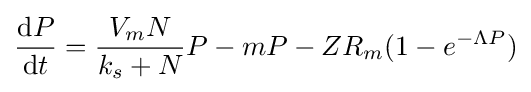
{\frac {\mathrm {d} P}{\mathrm {d} t}}={\frac {V_{m}N}{k_{s}+N}}P-mP-ZR_{m}(1-e^{-\Lambda P})